Indian journal of veterinary science and animal husbandry - Volume 2,
Year: 1932
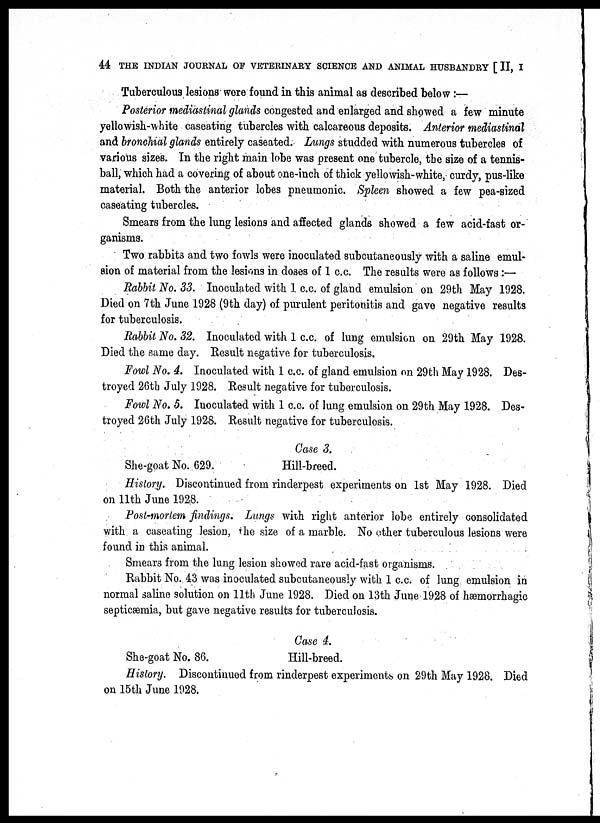
44 THE INDIAN JOURNAL OF VETERINARY SCIENCE AND ANIMAL HUSBANDRY [ II, I
Tuberculous lesions were found in this animal as described below:—
Posterior mediastinal glands congested and enlarged and showed a few minute
yellowish-white caseating tubercles with calcareous deposits. Anterior mediastinal
and bronchial glands entirely caseated. Lungs studded with numerous tubercles of
various sizes. In the right main lobe was present one tubercle, the size of a tennis-
ball, which had a covering of about one-inch of thick yellowish-white, curdy, pus-like
material. Both the anterior lobes pneumonic. Spleen showed a few pea-sized
caseating tubercles.
Smears from the lung lesions and affected glands showed a few acid-fast or-
ganisms.
Two rabbits and two fowls were inoculated subcutaneously with a saline emul-
sion of material from the lesions in doses of 1 c.c. The results were as follows:—
Rabbit No. 33. Inoculated with 1 c.c. of gland emulsion on 29th May 1928.
Died on 7th June 1928 (9th day) of purulent peritonitis and gave negative results
for tuberculosis.
Rabbit No. 32. Inoculated with 1 c.c. of lung emulsion on 29th May 1928.
Died the same day. Result negative for tuberculosis.
Fowl No. 4. Inoculated with 1 c.c. of gland emulsion on 29th May 1928. Des-
troyed 26th July 1928. Result negative for tuberculosis.
Fowl No. 5. Inoculated with 1 c.c. of lung emulsion on 29th May 1928. Des-
troyed 26th July 1928. Result negative for tuberculosis.
Case 3.
She-goat No. 629.
Hill-breed.
History. Discontinued from rinderpest experiments on 1st May 1928. Died
on 11th June 1928.
Post-mortem findings. Lungs with right anterior lobe entirely consolidated
with a caseating lesion, the size of a marble. No other tuberculous lesions were
found in this animal.
Smears from the lung lesion showed rare acid-fast organisms.
Rabbit No. 43 was inoculated subcutaneously with 1 c.c. of lung emulsion in
normal saline solution on 11th June 1928. Died on 13th June 1928 of hæmorrhagic
septicæmia, but gave negative results for tuberculosis.
Case 4.
She-goat No. 86.
Hill-breed.
History. Discontinued from rinderpest experiments on 29th May 1928. Died
on 15th June 1928.